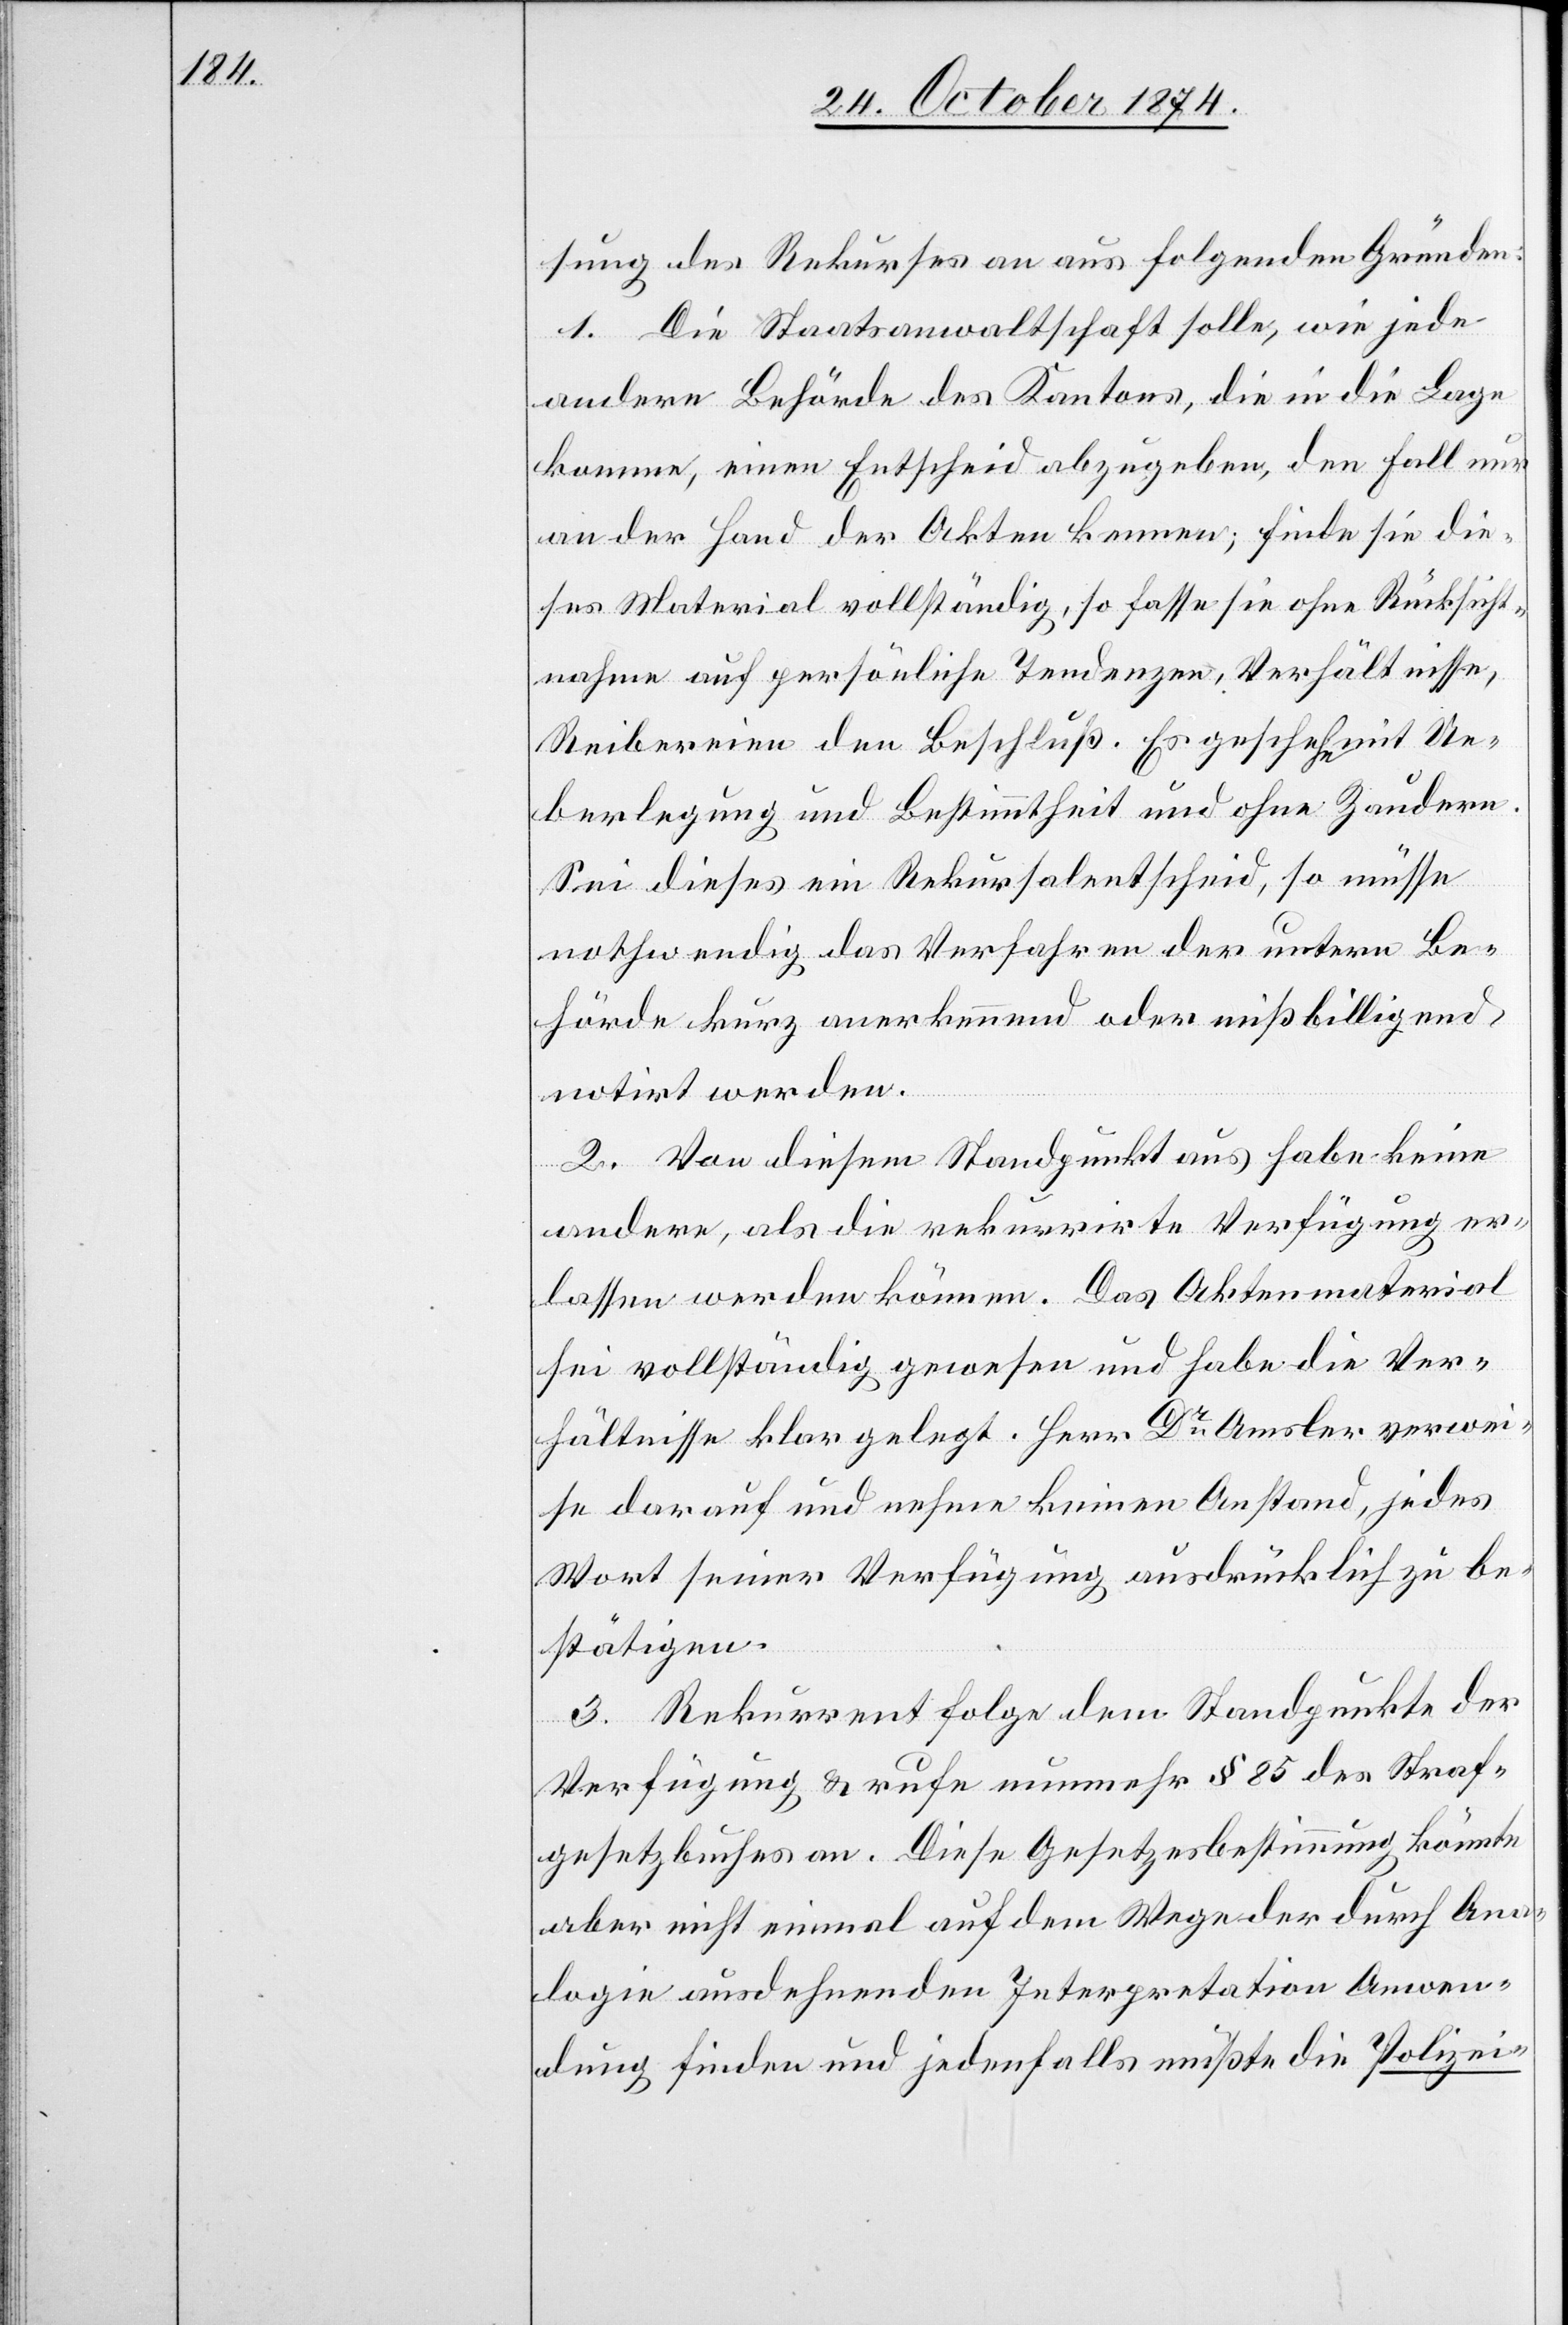
sung des Rekurses an aus folgenden Gründen:
1. Die Staatsanwaltschaft solle, wie jede
andere Behörde des Kantons, die in die Lage
komme, einen Entscheid abzugeben, den Fall nur
an der Hand der Akten kennen; finde sie die¬
ses Material vollständig, so fasse sie ohne Rücksicht¬
nahme auf persönliche Tendenzen, Verhältnisse,
Reibereien den Beschluß. Es geschehe mit Ue¬
berlegung und Bestimmtheit und ohne Zaudern.
Sei dieses ein Rekursalentscheid, so müsse
nothwendig das Verfahren der untern Be¬
hörde kurz anerkennend oder mißbilligend
notirt werden.
2. Von diesem Standpunkt aus habe keine
andere, als die rekurrirte Verfügung er¬
lassen werden können. Das Aktenmaterial
sei vollständig gewesen und habe die Ver¬
hältnisse klar gelegt. Herr Dr Amsler verwei¬
se darauf und nehme keinen Anstand, jedes
Wort seiner Verfügung ausdrücklich zu be¬
stätigen.
3. Rekurrent folge dem Standpunkte der
Verfügung & rufe nunmehr § 85 des Straf¬
gesetzbuches an. Diese Gesetzesbestimmung könnte
aber nicht einmal auf dem Wege der durch Ana¬
logie ausdehnenden Interpretation Anwen¬
dung finden und jedenfalls müßte die Polizei-